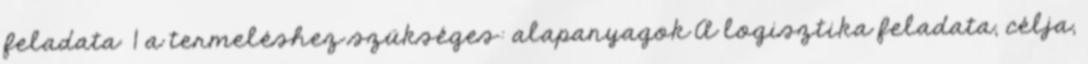
feladata 1 a termeléshez szükséges: alapanyagok A logisztika feladata, célja,